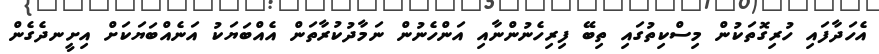
އެހަދާފައި ހުރިގޮތަކުން މިސްކިތުގައި ތިބޭ ފިރިހެނުންނާއި އަންހެނުން ނަމާދުކުރާތަން އެއްބަޔަކު އަނެއްބަޔަކަށް އިށީނދެގެން